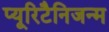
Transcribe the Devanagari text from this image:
प्यूरिटैनिजन्म